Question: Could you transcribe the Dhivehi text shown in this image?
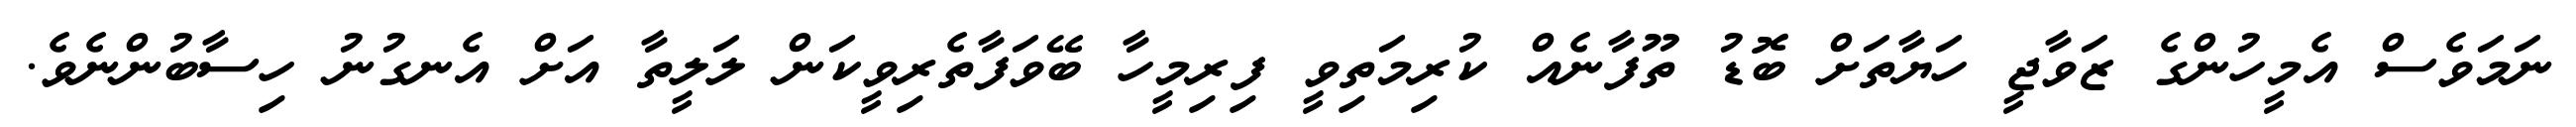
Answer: ނަމަވެސް އެމީހުންގެ ޒަވާޖީ ހަޔާތަށް ބޮޑު ތޫފާނެއް ކުރިމަތިވީ ފިރިމީހާ ބޭވަފާތެރިވީކަން ލަލީތާ އަށް އެނގުނު ހިސާބުންނެވެ.